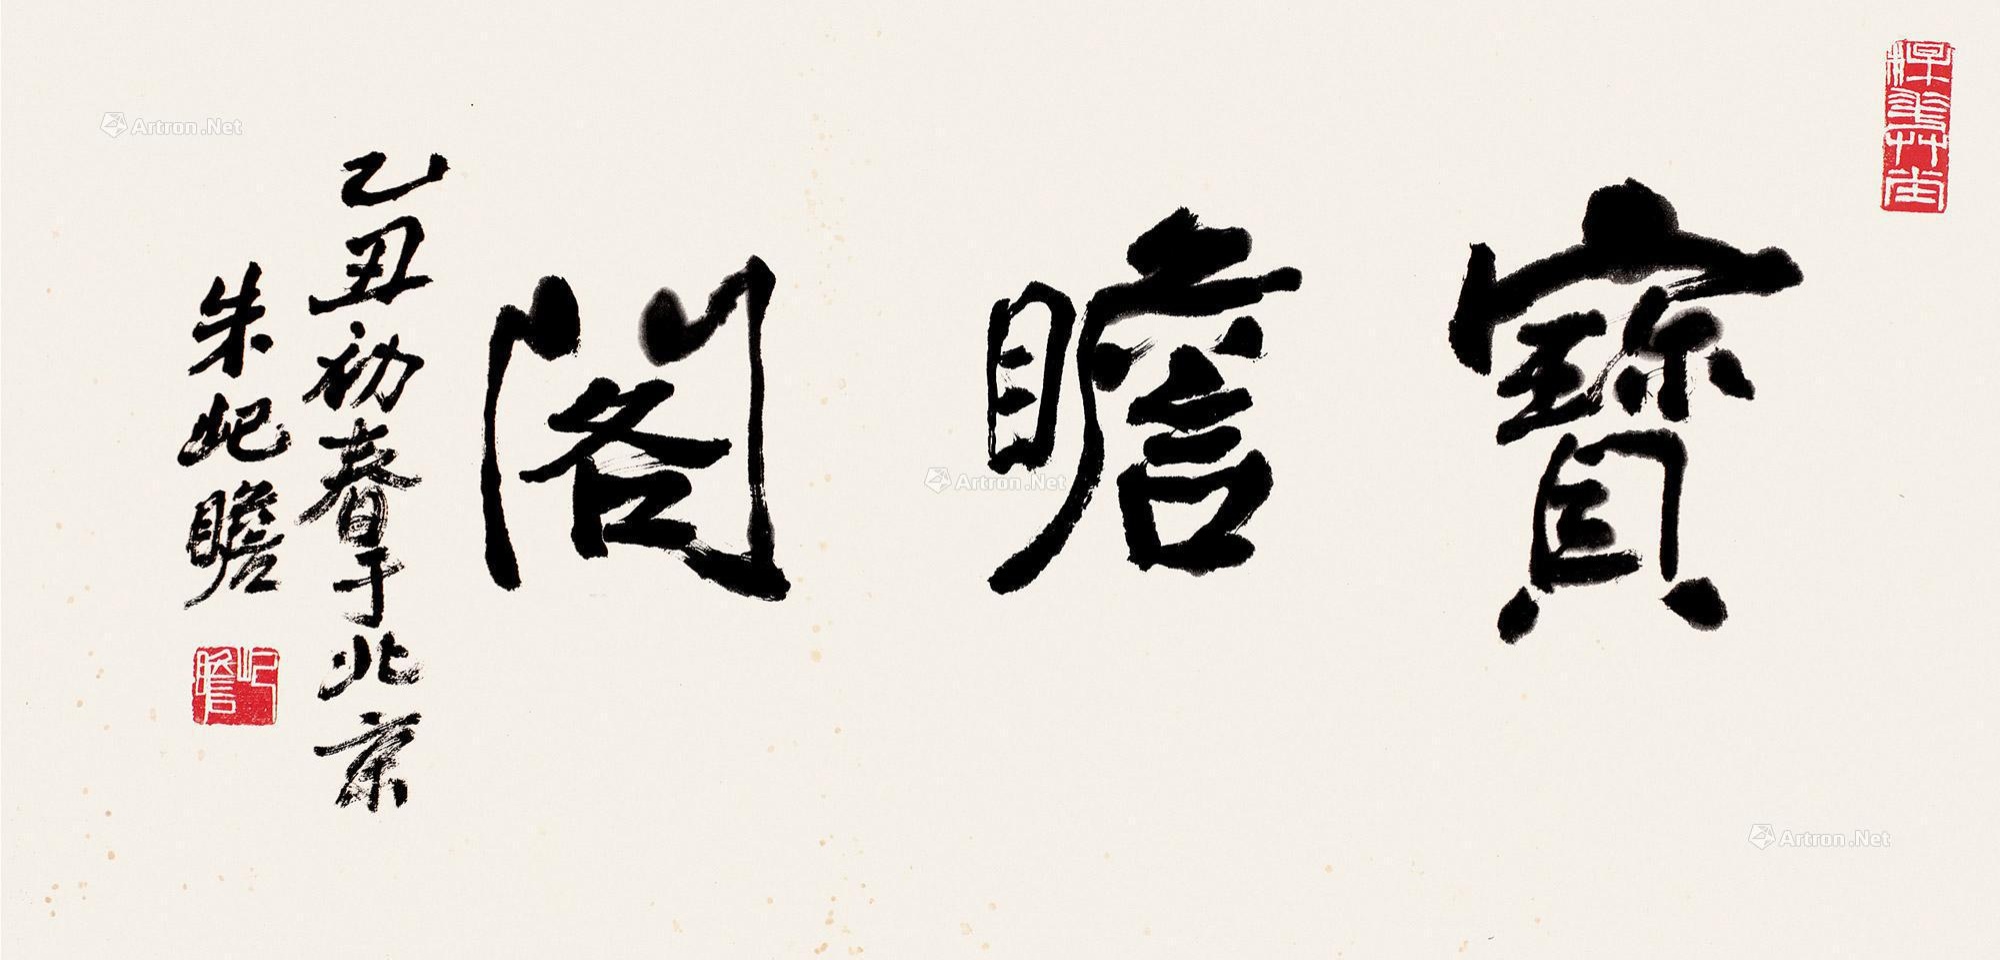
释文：宝瞻阁。乙丑初春于北京，朱屺瞻。